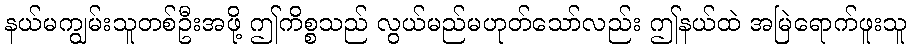
နယ်မကျွမ်းသူတစ်ဦးအဖို့ ဤကိစ္စသည် လွယ်မည်မဟုတ်သော်လည်း ဤနယ်ထဲ အမြဲရောက်ဖူးသူ